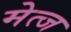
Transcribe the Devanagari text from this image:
मेत्ज